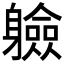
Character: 𮜼